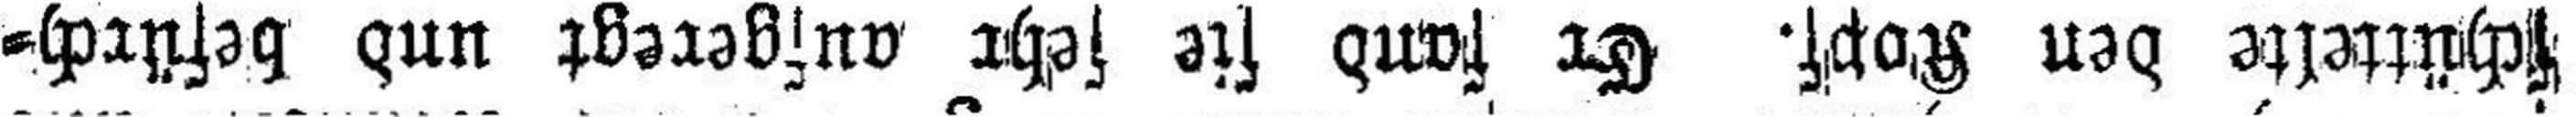
schüttelte den Kopf. Er fand sie sehr aufgeregt und befürch¬